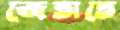
জেতাতে